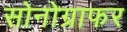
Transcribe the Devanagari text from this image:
सोनोग्राफर